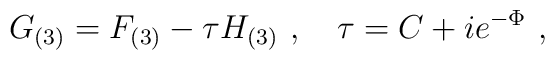
G_{(3)} = F_{(3)} - \tau H_{(3)}\ , \quad \tau = C + i e^{-\Phi}\ ,